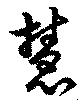
慧